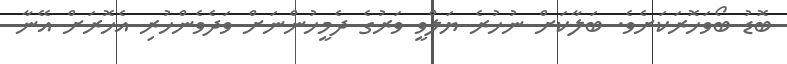
ބޮޑު ބޯވަހޮރަކަށެވެ. ބަލާކަށް ނުހުރެ ޔަލްވީ ވަރުގެ ދެމީހުންނަށްް ވަދެވެންހުރި އެހޮރަށް އޭނާ